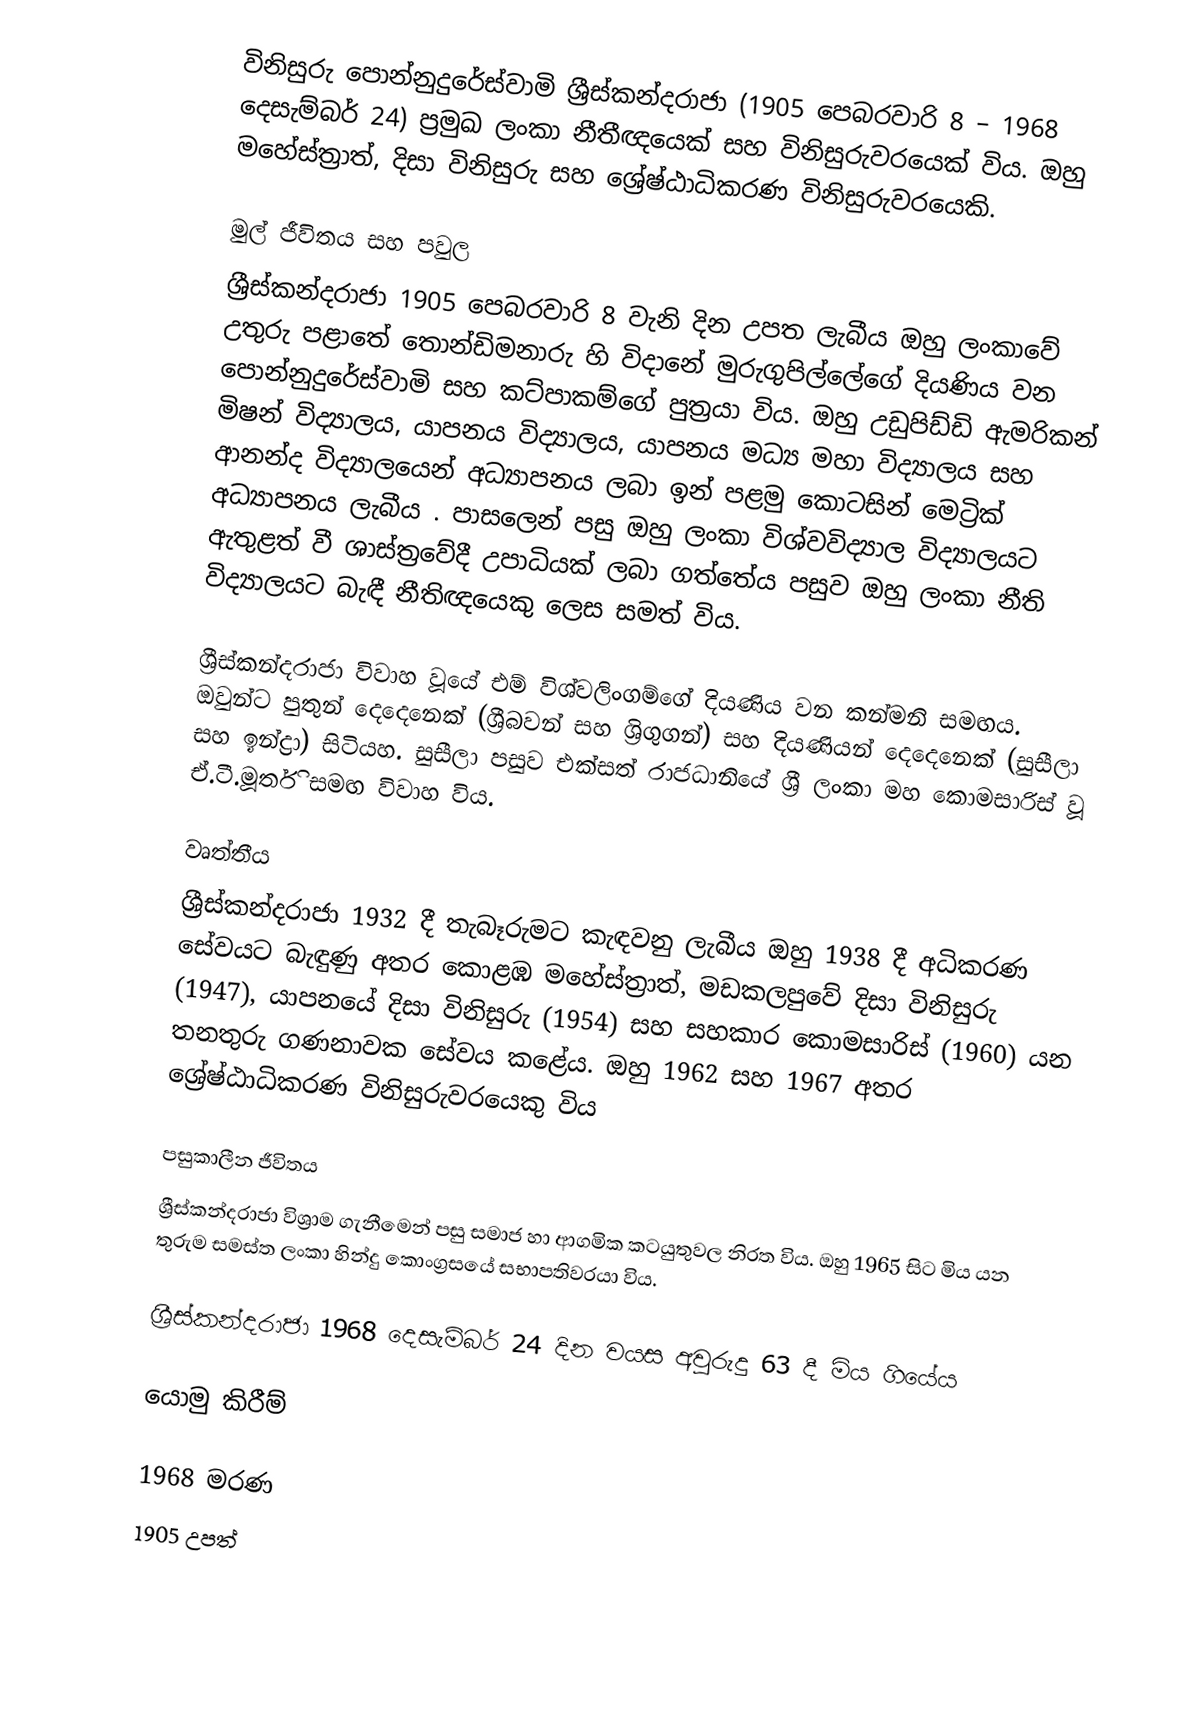
විනිසුරු පොන්නුදුරේස්වාමි ශ්‍රීස්කන්දරාජා (1905 පෙබරවාරි 8 – 1968 දෙසැම්බර් 24) ප්‍රමුඛ ලංකා නීතීඥයෙක් සහ විනිසුරුවරයෙක් විය. ඔහු මහේස්ත්‍රාත්, දිසා විනිසුරු සහ ශ්‍රේෂ්ඨාධිකරණ විනිසුරුවරයෙකි.

මුල් ජීවිතය සහ පවුල
ශ්‍රීස්කන්දරාජා 1905 පෙබරවාරි 8 වැනි දින උපත ලැබීය  ඔහු ලංකාවේ උතුරු පළාතේ තොන්ඩිමනාරු හි විදානේ මුරුගුපිල්ලේගේ දියණිය වන පොන්නුදුරේස්වාමි සහ කට්පාකම්ගේ පුත්‍රයා විය. ඔහු උඩුපිඩ්ඩි ඇමරිකන් මිෂන් විද්‍යාලය, යාපනය විද්‍යාලය, යාපනය මධ්‍ය මහා විද්‍යාලය සහ ආනන්ද විද්‍යාලයෙන් අධ්‍යාපනය ලබා ඉන් පළමු කොටසින් මෙට්‍රික් අධ්‍යාපනය ලැබීය .   පාසලෙන් පසු ඔහු ලංකා විශ්වවිද්‍යාල විද්‍යාලයට ඇතුළත් වී ශාස්ත්‍රවේදී උපාධියක් ලබා ගත්තේය  පසුව ඔහු ලංකා නීති විද්‍යාලයට බැඳී නීතිඥයෙකු ලෙස සමත් විය.

ශ්‍රීස්කන්දරාජා විවාහ වූයේ එම් විශ්වලිංගම්ගේ දියණිය වන කන්මනි සමඟය. ඔවුන්ට පුතුන් දෙදෙනෙක් (ශ්‍රීබවන් සහ ශ්‍රිගුගන්) සහ දියණියන් දෙදෙනෙක් (සුසීලා සහ ඉන්ද්‍රා) සිටියහ.  සුසීලා පසුව එක්සත් රාජධානියේ ශ්‍රී ලංකා මහ කොමසාරිස් වූ ඒ.ටී.මූර්ති සමඟ විවාහ විය.

වෘත්තීය
ශ්‍රීස්කන්දරාජා 1932 දී තැබෑරුමට කැඳවනු ලැබීය  ඔහු 1938 දී අධිකරණ සේවයට බැඳුණු අතර කොළඹ මහේස්ත්‍රාත්, මඩකලපුවේ දිසා විනිසුරු (1947), යාපනයේ දිසා විනිසුරු (1954) සහ සහකාර කොමසාරිස් (1960) යන තනතුරු ගණනාවක සේවය කළේය.  ඔහු 1962 සහ 1967 අතර ශ්‍රේෂ්ඨාධිකරණ විනිසුරුවරයෙකු විය

පසුකාලීන ජීවිතය
ශ්‍රීස්කන්දරාජා විශ්‍රාම ගැනීමෙන් පසු සමාජ හා ආගමික කටයුතුවල නිරත විය. ඔහු 1965 සිට මිය යන තුරුම සමස්ත ලංකා හින්දු කොංග්‍රසයේ සභාපතිවරයා විය.

ශ්‍රීස්කන්දරාජා 1968 දෙසැම්බර් 24 දින වයස අවුරුදු 63 දී මිය ගියේය

යොමු කිරීම්

1968 මරණ
1905 උපත්